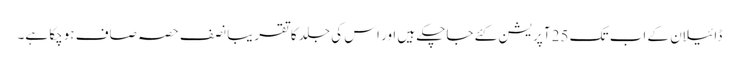
ڈائیلان کے اب تک 25 آپریشن کئے جاچکے ہیں اور اس کی جلد کا تقریباً نصف حصہ صاف ہوچکا ہے۔